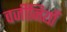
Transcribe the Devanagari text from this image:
वर्जीनियाँ